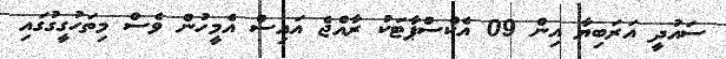
ސައުދީ އަރަބިޔާ އިން 09 އެކްސްޕާޓަކު ރާއްޖެ އައިސް އެމީހުން ވެސް މިތަހުގީގުގައި